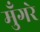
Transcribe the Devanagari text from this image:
मुँगरे